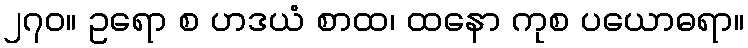
၂၇၀။ ဥရော စ ဟဒယံ စာထ၊ ထနော ကုစ ပယောဓရာ။